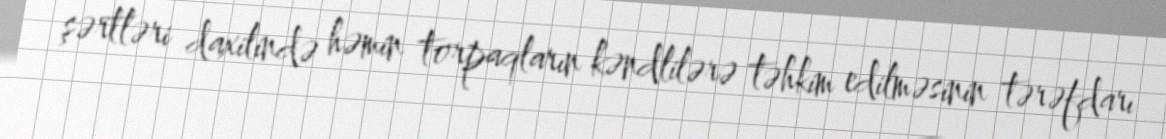
şərtləri daxilində həmin torpaqların kəndlilərə təhkim edilməsinin tərəfdarı